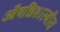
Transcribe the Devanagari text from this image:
औषधिशास्त्रीय